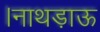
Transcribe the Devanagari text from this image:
।नाथड़ाऊ